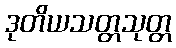
ဒုတိယသတ္တသုတ္တ